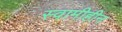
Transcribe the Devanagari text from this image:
स्वामीहीन